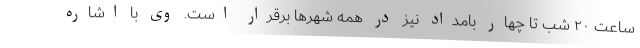
ساعت ۲۰ شب تا چهار بامداد نیز در همه شهرها برقرار است. وی با اشاره